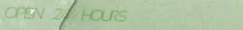
OPEN 24 HOURS